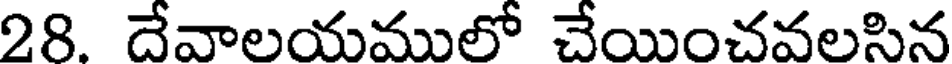
28. దేవాలయములో చేయించవలసిన